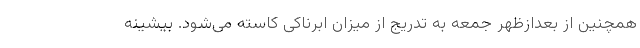
همچنین از بعدازظهر جمعه به تدریج از میزان ابرناکی کاسته می‌شود. بیشینه